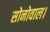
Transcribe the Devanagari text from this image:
सोनोवाल।